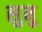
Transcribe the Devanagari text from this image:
सुमु